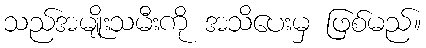
သည်အမျိုးသမီးကို အသိပေးမှ ဖြစ်မည်။